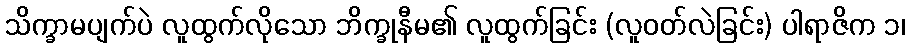
သိက္ခာမပျက်ပဲ လူထွက်လိုသော ဘိက္ခုနီမ၏ လူထွက်ခြင်း (လူဝတ်လဲခြင်း) ပါရာဇိက ၁၊